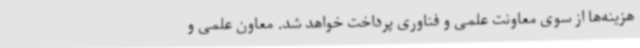
هزینه‌ها از سوی معاونت علمی و فناوری پرداخت خواهد شد. معاون علمی و